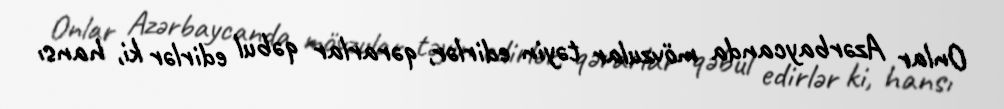
Onlar Azərbaycanda mövzular təyin edirlər, qərarlar qəbul edirlər ki, hansı